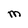
Character: M